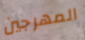
المهرجين